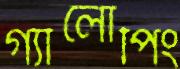
গ্যালোপিং